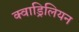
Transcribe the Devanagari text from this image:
क्वाड्रिलियन